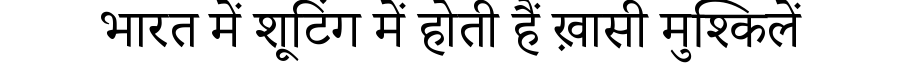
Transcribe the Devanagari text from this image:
भारत में शूटिंग में होती हैं ख़ासी मुश्किलें